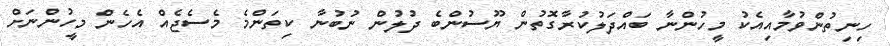
ހިނިތުންވުމާއިއެކު މީހުންނާ ބައްދަލުކުރާގޮތުން ޔޫސުންބެ ދުލުން ނުބުނާ ކިތަންމެ މެސެޖެއް އެހެން މީހުންނަށް